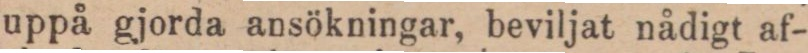
uppå gjorda ansökningar, beviljat nådigt af-